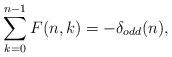
LaTeX: \begin{align*} \sum_{k=0}^{n-1}F(n,k)=-\delta_{odd}(n),\end{align*}